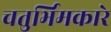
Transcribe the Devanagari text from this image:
चतुर्भिमकारे